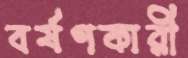
বর্ষণকারী